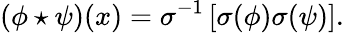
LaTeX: (\phi\star\psi)(x)=\sigma^{-1}\left[\sigma(\phi)\sigma(\psi)\right].